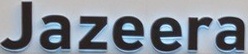
Jazeera